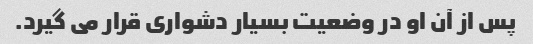
پس از آن او در وضعیت بسیار دشواری قرار می گیرد.